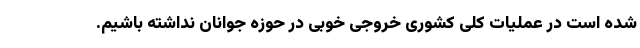
شده است در عملیات کلی کشوری خروجی خوبی در حوزه جوانان نداشته باشیم.